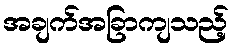
အချက်အခြာကျသည့်